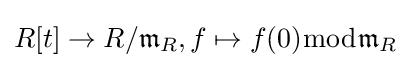
R[t]\to R/{\mathfrak {m}}_{R},f\mapsto f(0){\bmod {\mathfrak {m}}}_{R}